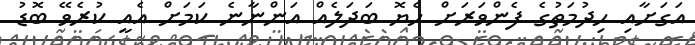
އަގަށާއި ހިދުމަތުގެ ފެންވަރަށް ހެޔޮ ބަދަލެއް އަންނާނެ ކަމަށް އެއީ ކުރެވޭ ބޮޑު